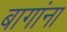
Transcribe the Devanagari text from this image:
बागांना